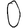
Digit: 0